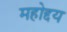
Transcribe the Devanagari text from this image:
महोद्दय